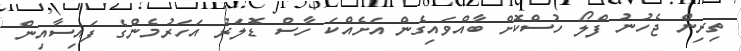
ތިރިން ޖެހުނު ފްލޯ ހުސްކޮށް ބާއްވައިގެން އަށެއްކަ ހާސް ޑޮލަރު އަހަރުމެންގެ ފައިސާއިން